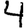
Digit: 4